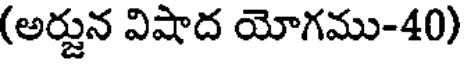
(అర్జున విషాద యోగము-40)